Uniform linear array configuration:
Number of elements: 8
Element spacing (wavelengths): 0.25
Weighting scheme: cosine
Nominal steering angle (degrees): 30
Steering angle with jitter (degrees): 29.674
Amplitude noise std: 0.05
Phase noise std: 0.05

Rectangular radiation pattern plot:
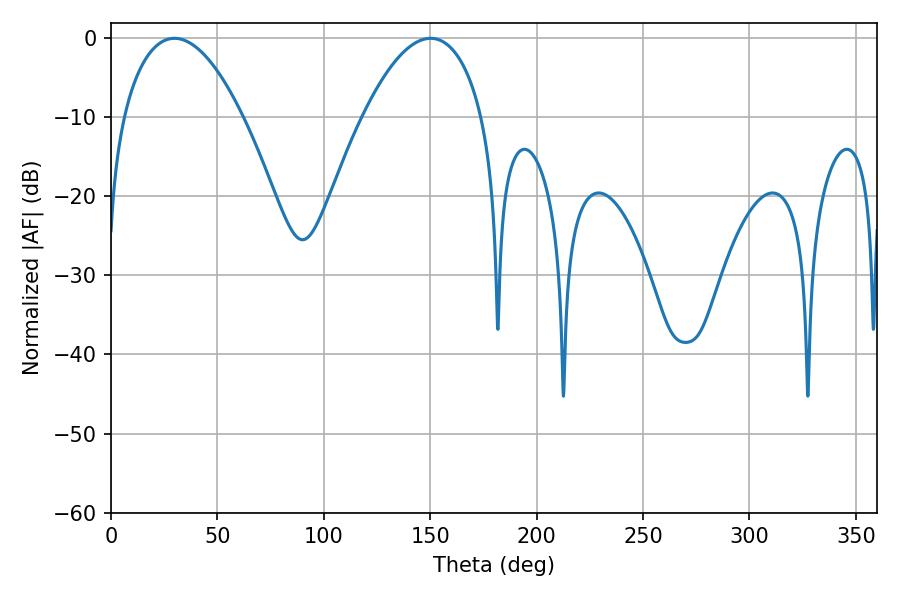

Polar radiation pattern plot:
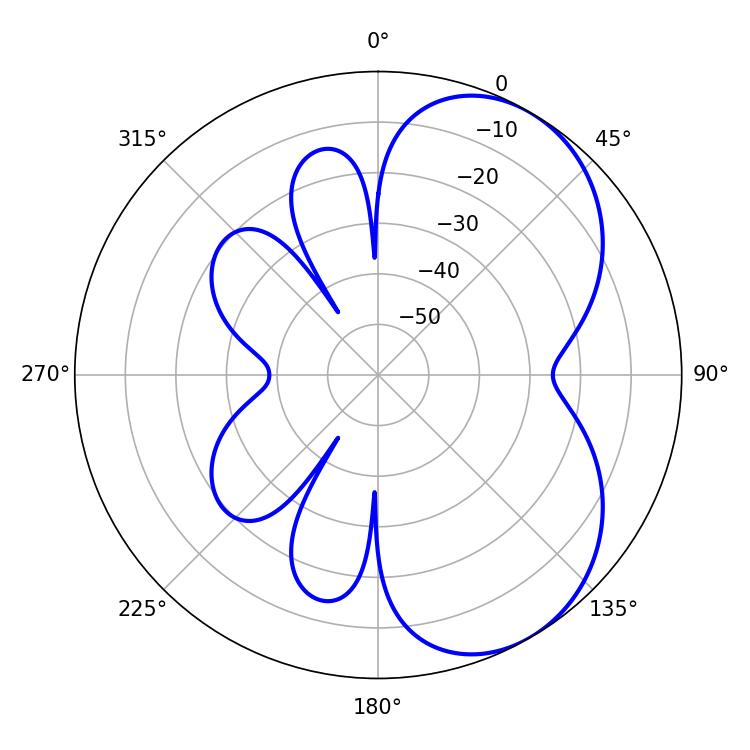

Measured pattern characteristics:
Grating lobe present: FALSE
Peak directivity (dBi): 5.267
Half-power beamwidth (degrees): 31.32
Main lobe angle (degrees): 29.88